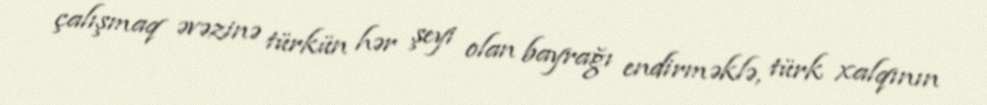
çalışmaq əvəzinə türkün hər şeyi olan bayrağı endirməklə, türk xalqının